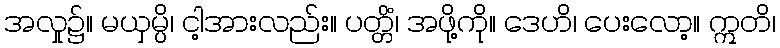
အလှုူ၌။ မယှမ္ပိ၊ ငါ့အားလည်း။ ပတ္တိံ၊ အဖို့ကို။ ဒေဟိ၊ ပေးလော့။ ဣတိ၊